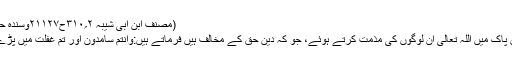
(مصنف ابن ابی شیبہ ۲؍۳۱۰ح۲۱۱۲۷وسندہ حسن)
قرآن پاک میں اللہ تعالیٰ ان لوگوں کی مذمت کرتے ہوئے، جو کہ دین حق کے مخالف ہیں فرماتے ہیں:وانتم سامدون اور تم غفلت میں پڑے ہو۔